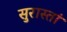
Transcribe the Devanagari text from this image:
सुरास्तां